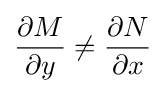
{\frac {\partial M}{\partial y}}\neq {\frac {\partial N}{\partial x}}